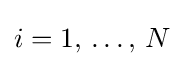
\textstyle i=1,\,\ldots ,\,N